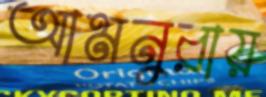
আমনুরায়